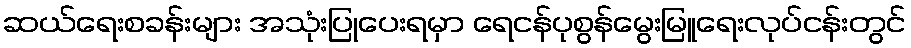
ဆယ်ရေးစခန်းများ အသုံးပြုပေးရမှာ ရေငန်ပုစွန်မွေးမြူရေးလုပ်ငန်းတွင်